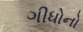
ગીધોનો